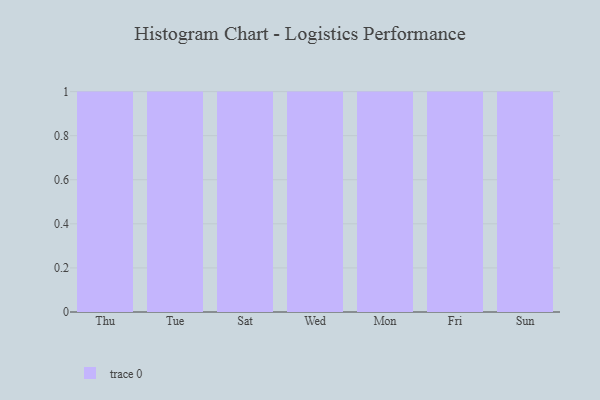
{"axis": {"x": "Day", "y": "Net Income (USD K)"}, "legend": [""], "data": [{"x": "Thu", "y": 56, "type": ""}, {"x": "Tue", "y": 96, "type": ""}, {"x": "Sat", "y": 97, "type": ""}, {"x": "Wed", "y": 22, "type": ""}, {"x": "Mon", "y": 38, "type": ""}, {"x": "Fri", "y": 92, "type": ""}, {"x": "Sun", "y": 47, "type": ""}]}